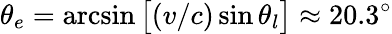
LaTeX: \theta_{e}=\arcsin\big[(v/c)\sin\theta_{l}\big]\approx 20.3^{\circ}